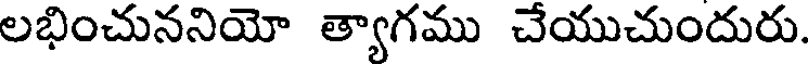
లభించుననియో త్యాగము చేయుచుందురు.